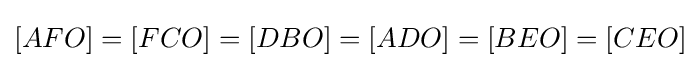
[AFO]=[FCO]=[DBO]=[ADO]=[BEO]=[CEO]